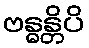
ဗန္ဓန္တိပိ